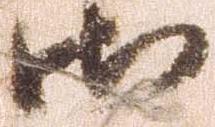
御